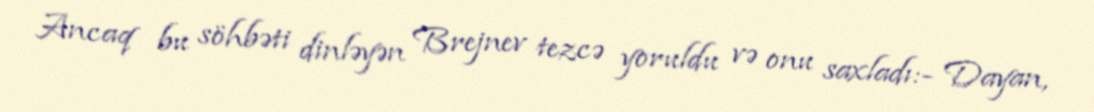
Ancaq bu söhbəti dinləyən Brejnev tezcə yoruldu və onu saxladı:- Dayan,